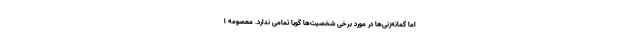
اما گمانه‌زنی‌ها در مورد برخی شخصیت‌ها گویا تمامی ندارد. معصومه ا